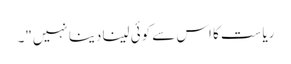
ریاست کا اس سے کوئی لینا دینا نہیں"۔